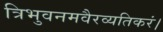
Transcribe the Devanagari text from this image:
त्रिभुवनमवैरव्यतिकरं।